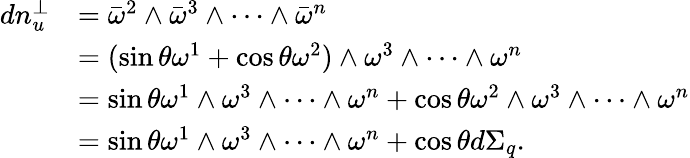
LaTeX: \begin{array}{rl}{dn_{u}^{\perp}}&{=\bar{\omega}^{2}\wedge\bar{\omega}^{3}\wedge\cdots\wedge\bar{\omega}^{n}}\\ &{=(\sin\theta\omega^{1}+\cos\theta\omega^{2})\wedge\omega^{3}\wedge\cdots\wedge\omega^{n}}\\ &{=\sin\theta\omega^{1}\wedge\omega^{3}\wedge\cdots\wedge\omega^{n}+\cos\theta\omega^{2}\wedge\omega^{3}\wedge\cdots\wedge\omega^{n}}\\ &{=\sin\theta\omega^{1}\wedge\omega^{3}\wedge\cdots\wedge\omega^{n}+\cos\theta d\Sigma_{q}.}\end{array}